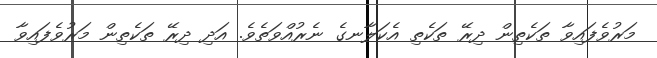
މަރުވެފައިވާ ތަކެތިން ދިރޭ ތަކެތި އެކަލާނގެ ނެރުއްވަތެވެ. އަދި ދިރޭ ތަކެތިން މަރުވެފައިވާ